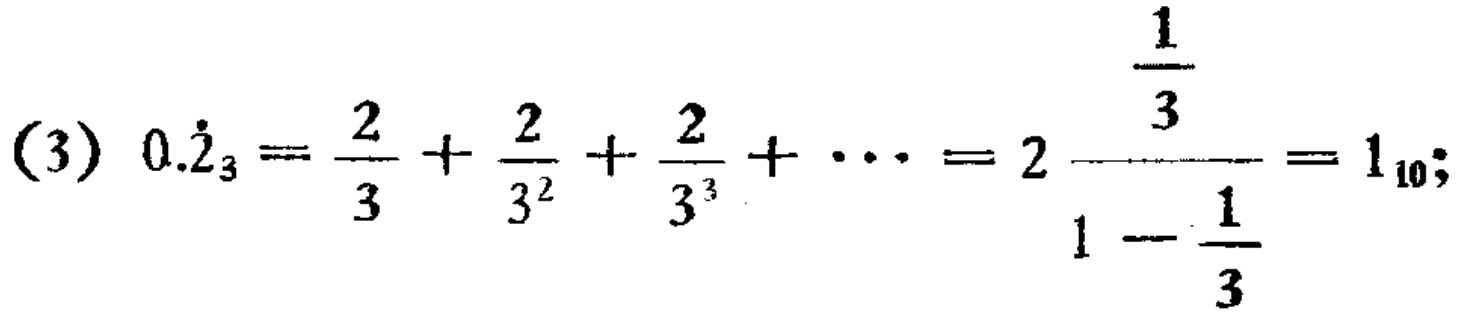
(3) \(0.\dot{2}_{3}=\frac{2}{3}+\frac{2}{3^{2}}+\frac{2}{3^{3}}+\cdots = 2\frac{\frac{1}{3}}{1 - \frac{1}{3}}=1_{10}\);